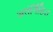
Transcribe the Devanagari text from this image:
अतंर्निहित